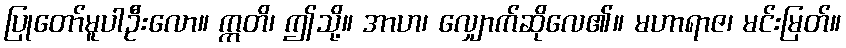
ပြုတော်မူပါဦးလော။ ဣတိ၊ ဤသို့။ အာဟ၊ လျှောက်ဆိုလေ၏။ မဟာရာဇ၊ မင်းမြတ်။